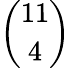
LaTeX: \binom{11}{4}